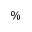
\%